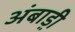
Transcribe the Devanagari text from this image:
अंबाड़ी़